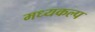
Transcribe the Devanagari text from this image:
मध्यकल्प